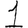
Digit: 1